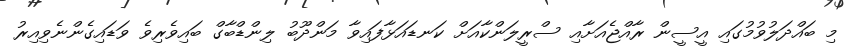
މި ބައްދަލުވުމުގައި އީސީން ރާއްޖެއަށާއި ސްރީލަންކާއަށް ކަނޑައަޅާފައިވާ މަންދޫބު ލިންޑްބާގް ބައިވެރިވެ ވަޑައިގެންނެވިއިރު